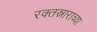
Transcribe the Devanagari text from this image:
रक्तस्राराच्या